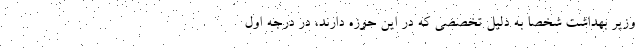
وزیر بهداشت شخصاً به دلیل تخصصی که در این حوزه دارند، در درجه اول